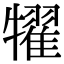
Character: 𤛹